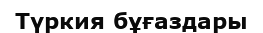
Түркия бұғаздары